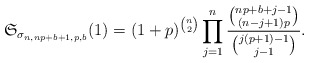
\begin{gather*} \mathfrak{S}_{\sigma_{n,np+b+1,p,b}}(1)= (1+p)^{{n \choose 2}} \prod_{j=1}^{n} {{{np+b+j-1 \choose (n-j+1)p }} \over {{j(p+1)-1 \choose j-1}}}.\end{gather*}